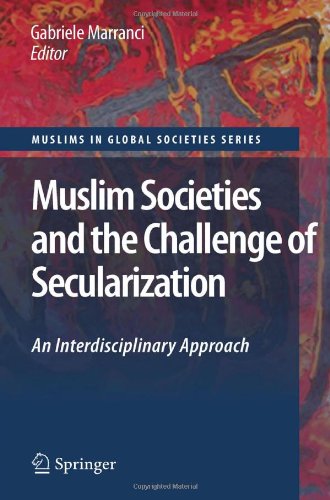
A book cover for Muslim Societies and the Challenge of Secularization: An Interdisciplinary Approach (Muslims in Global Societies Series); Religion & Spirituality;